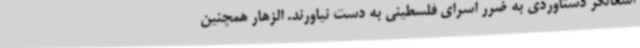
اشغالگر دستاوردی به ضرر اسرای فلسطینی به دست نیاورند. الزهار همچنین